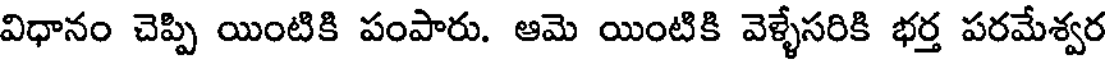
విధానం చెప్పి యింటికి పంపారు. ఆమె యింటికి వెళ్ళేసరికి భర్త పరమేశ్వర